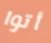
أتوا